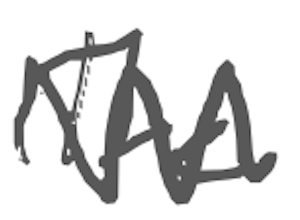
Text: The
Cross-out: zig-zag
Writing tool: digital_gray